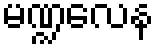
မဏ္ဍလေန